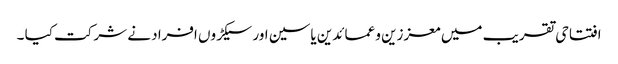
افتتاحی تقریب میں معززین و عمائدین یاسین اور سیکڑوں افراد نے شرکت کیا ۔